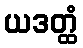
ယဒတ္ထံ